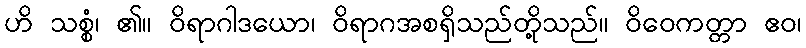
ဟိ သစ္စံ၊ ၏။ ဝိရာဂါဒယော၊ ဝိရာဂအစရှိသည်တို့သည်။ ဝိဝေကတ္တာ ဧဝ၊